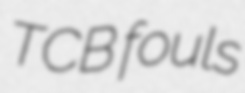
TCB fouls